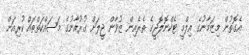
އެގޮތުން މިޒަމާނުގެ އިލްމީ ޓެކްނޮލޮޖީގެ ތެރެއިން ޒުވާން ޖީލަށް ގުރުއާނުގެ މަސައްކަތްތައް ކުރިއަށް